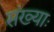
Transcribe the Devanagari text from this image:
संख्याः